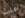
عنت